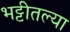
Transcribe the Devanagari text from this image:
भट्टीतल्या